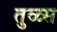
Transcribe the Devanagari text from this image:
तुळ्स